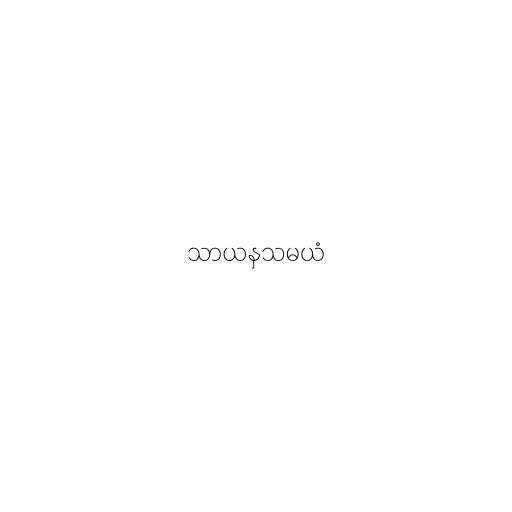
သာယနှသမယံ